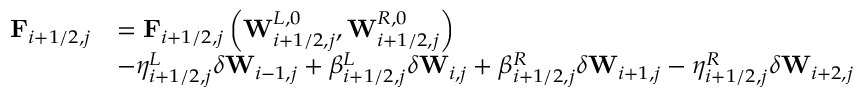
\begin{array} { r l } { \mathbf { F } _ { i + 1 / 2 , j } } & { = \mathbf { F } _ { i + 1 / 2 , j } \left( \mathbf { W } _ { i + 1 / 2 , j } ^ { L , 0 } , \mathbf { W } _ { i + 1 / 2 , j } ^ { R , 0 } \right) } \\ & { - \eta _ { i + 1 / 2 , j } ^ { L } \delta \mathbf { W } _ { i - 1 , j } + \beta _ { i + 1 / 2 , j } ^ { L } \delta \mathbf { W } _ { i , j } + \beta _ { i + 1 / 2 , j } ^ { R } \delta \mathbf { W } _ { i + 1 , j } - \eta _ { i + 1 / 2 , j } ^ { R } \delta \mathbf { W } _ { i + 2 , j } } \end{array}